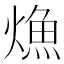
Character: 龽